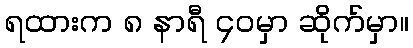
ရထားက ၈ နာရီ ၄၀မှာ ဆိုက်မှာ။